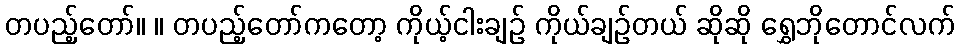
တပည့်တော်။ ။ တပည့်တော်ကတော့ ကိုယ့်ငါးချဉ် ကိုယ်ချဉ်တယ် ဆိုဆို ရွှေဘိုတောင်လက်